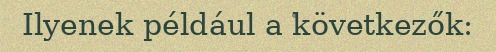
Ilyenek például a következők: